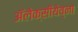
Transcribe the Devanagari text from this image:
ॲलेक्सीयेव्ना